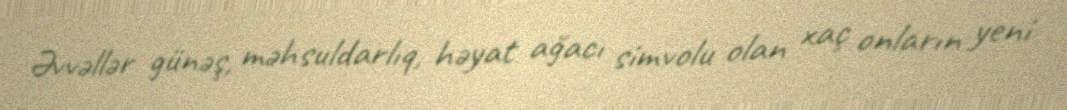
Əvvəllər günəş, məhsuldarlıq, həyat ağacı simvolu olan xaç onların yeni